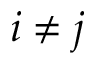
i \neq j